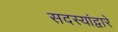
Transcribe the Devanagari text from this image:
सदस्यांद्वारे